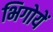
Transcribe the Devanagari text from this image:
भिगोयें